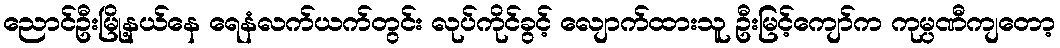
ညောင်ဦးမြို့နယ်နေ ရေနံလက်ယက်တွင်း လုပ်ကိုင်ခွင့် လျောက်ထားသူ ဦးမြင့်ကျော်က ကုမ္ပဏီကျတော့